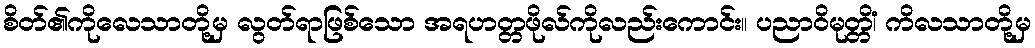
စိတ်၏ကိုလေသာတို့မှ လွတ်ရာဖြစ်သော အရဟတ္တဖိုလ်ကိုလည်းကောင်း။ ပညာဝိမုတ္တိံ၊ ကိလသာတို့မှ